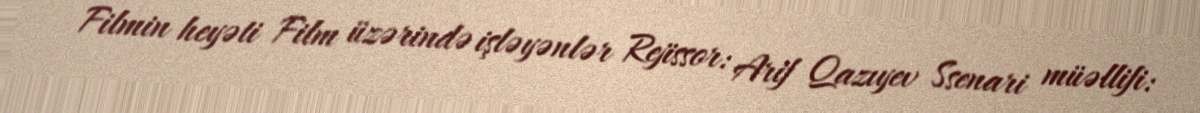
Filmin heyəti Film üzərində işləyənlər Rejissor: Arif Qazıyev Ssenari müəllifi: